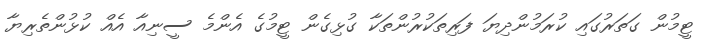
ޓީމުން ގަތަރުގައި ކުރަމުންދިޔަ ފަރިތަކުރުންތަކާ ގުޅިގެން ޓީމުގެ އެންމެ ސީނިއާ އެއް ކުޅުންތެރިޔާ